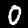
Digit: 0